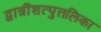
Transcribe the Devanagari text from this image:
द्वात्रींशत्पुत्तलिका